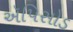
ઍપિસોડ